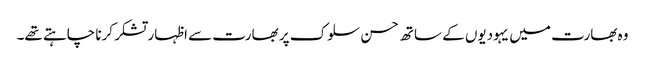
وہ بھارت میں یہودیوں کے ساتھ حسن سلوک پر بھارت سے اظہار تشکر کرنا چاہتے تھے۔